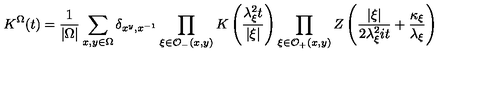
K ^ { \Omega } ( t ) = \frac { 1 } { \left| \Omega \right| } \sum _ { x , y \in \Omega } \delta _ { x ^ { y } , x ^ { - 1 } } \prod _ { \xi \in \mathcal { O } _ { - } ( x , y ) } K \left( \frac { \lambda _ { \xi } ^ { 2 } t } { \left| \xi \right| } \right) \prod _ { \xi \in \mathcal { O } _ { + } ( x , y ) } Z \left( \frac { \left| \xi \right| } { 2 \lambda _ { \xi } ^ { 2 } i t } + \frac { \kappa _ { \xi } } { \lambda _ { \xi } } \right)